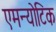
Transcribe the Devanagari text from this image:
एमन्योटिक